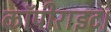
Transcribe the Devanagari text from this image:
कॉपीराइट।